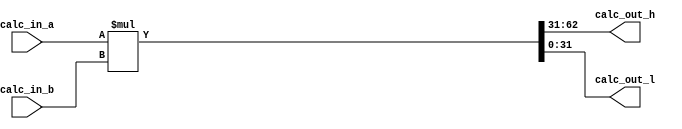
module mult (
	input signed [31:0] calc_in_a,
	input signed [31:0] calc_in_b,
	output reg [31:0] calc_out_h,
	output reg [31:0] calc_out_l
	);
	
	reg signed [63:0] out;

	always@(calc_in_a or calc_in_b) begin
		out = calc_in_a * calc_in_b;
		calc_out_h = out[63:31];
	        	calc_out_l = out[31:0];
	end
	
endmodule